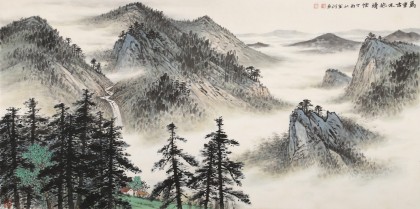
晴浦晚风寒，青山玉骨瘦。